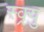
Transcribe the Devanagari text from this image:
स्क्र्यु